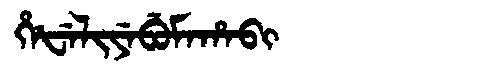
Manchu: ᡥᡝᡶᡝᠯᡳᠶᡝᠪᡠᠮᠠᡥᠠᠪᡳ
Romanization: HEFELIYEBUMAHABI